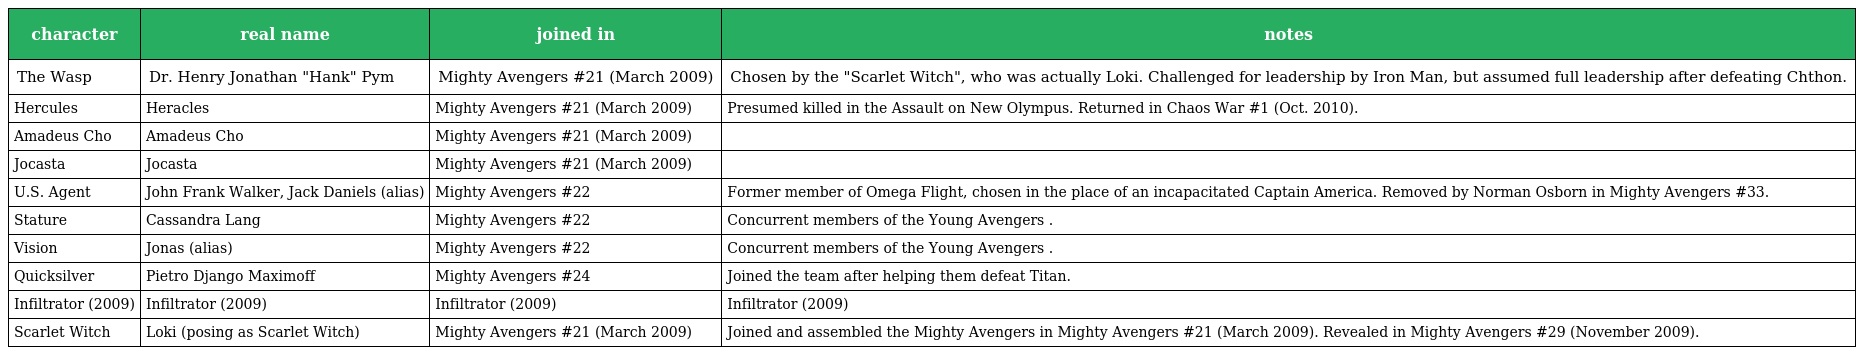
| character | real name | joined in | notes |
 | --- | --- | --- | --- |
 | The Wasp | Dr. Henry Jonathan "Hank" Pym | Mighty Avengers #21 (March 2009) | Chosen by the "Scarlet Witch", who was actually Loki. Challenged for leadership by Iron Man, but assumed full leadership after defeating Chthon. |
 | Hercules | Heracles | Mighty Avengers #21 (March 2009) | Presumed killed in the Assault on New Olympus. Returned in Chaos War #1 (Oct. 2010). |
 | Amadeus Cho | Amadeus Cho | Mighty Avengers #21 (March 2009) |  |
 | Jocasta | Jocasta | Mighty Avengers #21 (March 2009) |  |
 | U.S. Agent | John Frank Walker, Jack Daniels (alias) | Mighty Avengers #22 | Former member of Omega Flight, chosen in the place of an incapacitated Captain America. Removed by Norman Osborn in Mighty Avengers #33. |
 | Stature | Cassandra Lang | Mighty Avengers #22 | Concurrent members of the Young Avengers . |
 | Vision | Jonas (alias) | Mighty Avengers #22 | Concurrent members of the Young Avengers . |
 | Quicksilver | Pietro Django Maximoff | Mighty Avengers #24 | Joined the team after helping them defeat Titan. |
 | Infiltrator (2009) | Infiltrator (2009) | Infiltrator (2009) | Infiltrator (2009) |
 | Scarlet Witch | Loki (posing as Scarlet Witch) | Mighty Avengers #21 (March 2009) | Joined and assembled the Mighty Avengers in Mighty Avengers #21 (March 2009). Revealed in Mighty Avengers #29 (November 2009). |